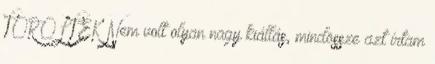
TÖRÖLTÉK Nem volt olyan nagy kiállás, mindössze azt írtam